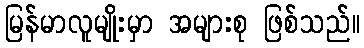
မြန်မာလူမျိုးမှာ အများစု ဖြစ်သည်။